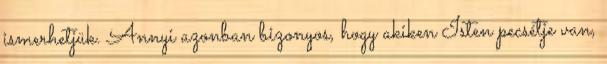
ismerhetjük. Annyi azonban bizonyos, hogy akiken Isten pecsétje van,